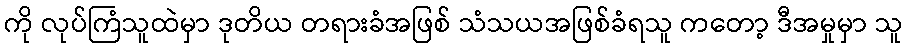
ကို လုပ်ကြံသူထဲမှာ ဒုတိယ တရားခံအဖြစ် သံသယအဖြစ်ခံရသူ ကတော့ ဒီအမှုမှာ သူ